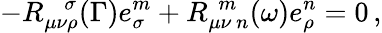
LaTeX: -R_{\mu\nu\rho}^{~~~~\sigma}(\Gamma)e_{\sigma}^{m}+R_{\mu\nu~n}^{~~m}(\omega)e_{\rho}^{n}=0\, ,